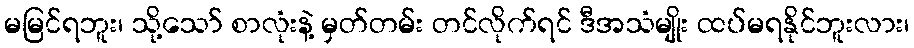
မမြင်ရဘူး၊ သို့သော် စာလုံးနဲ့ မှတ်တမ်း တင်လိုက်ရင် ဒီအသံမျိုး ထပ်မရနိုင်ဘူးလား၊